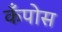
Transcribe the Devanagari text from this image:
कँपोस